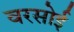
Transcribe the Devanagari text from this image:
वरसोई